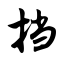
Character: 挡